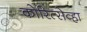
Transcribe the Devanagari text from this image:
कोरित्सेव्हा